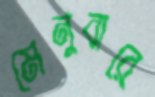
মেনুবারে